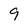
Character: 9